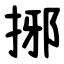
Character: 捓